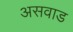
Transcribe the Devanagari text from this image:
असवाड